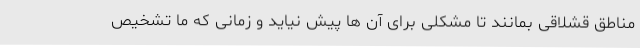
مناطق قشلاقی بمانند تا مشکلی برای آن ها پیش نیاید و زمانی که ما تشخیص